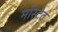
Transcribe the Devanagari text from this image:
र्मोस्टेट